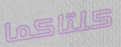
كلتاكما